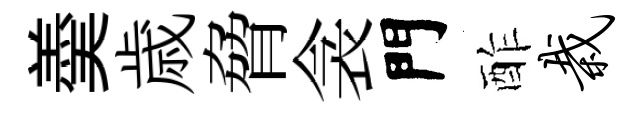
羮歳脅衾門酢栽